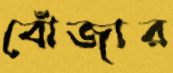
বোঁজার